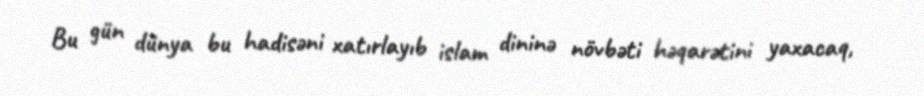
Bu gün dünya bu hadisəni xatırlayıb islam dininə növbəti həqarətini yaxacaq,